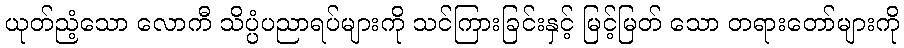
ယုတ်ညံ့သော လောကီ သိပ္ပံပညာရပ်များကို သင်ကြားခြင်းနှင့် မြင့်မြတ် သော တရားတော်များကို